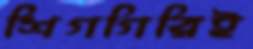
শিগগিরিই